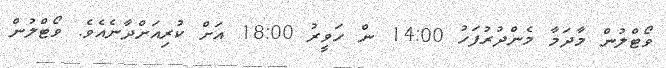
ވޯޓްލުން މާދަމާ މެންދުރުފަހު 14:00 ން ހަވީރު 18:00 އަށް ކުރިއަށްދާނެއެވެ. ވޯޓްލުން